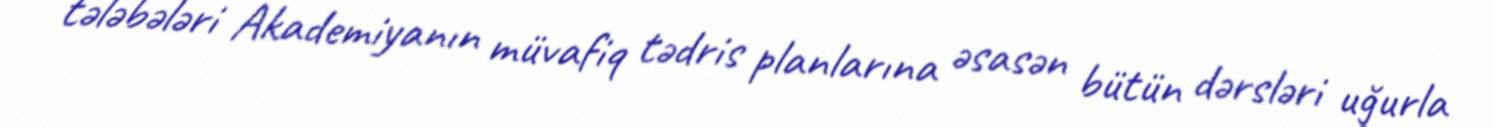
tələbələri Akademiyanın müvafiq tədris planlarına əsasən bütün dərsləri uğurla